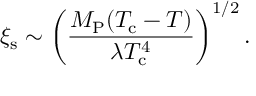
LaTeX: \xi _ { \mathrm { s } } \sim \left( \frac { M _ { \mathrm { P } } ( T _ { \mathrm { c } } - T ) } { \lambda T _ { \mathrm { c } } ^ { 4 } } \right) ^ { 1 / 2 } .